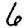
Digit: 6